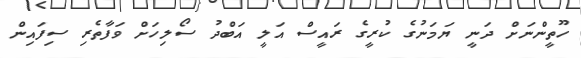
ހޫތީންނަށް ދަނީ ޔަމަނުގެ ކުރީގެ ރައީސް އަލީ އަބްދު ސޯލިހަށް ވަފާތެރި ސިފައިން